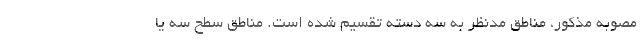
مصوبه مذکور، مناطق مدنظر به سه دسته تقسیم شده است. مناطق سطح سه یا